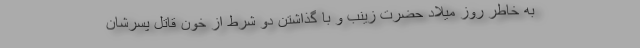
به خاطر روز میلاد حضرت زینب و با گذاشتن دو شرط از خون قاتل پسرشان